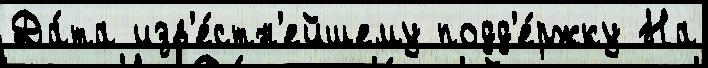
Да́та изв'е́стн'ейшему подд'е́ржку На